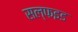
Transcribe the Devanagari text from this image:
सल्फइड